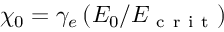
\chi _ { 0 } = \gamma _ { e } \left( E _ { 0 } / E _ { \mathrm { ~ c ~ r ~ i ~ t ~ } } \right)